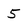
Character: 5